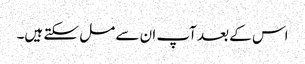
اس کے بعد آپ ان سے مل سکتے ہیں۔